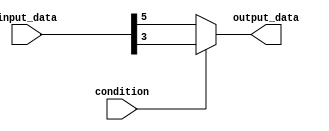
module bit_select_assign(
    input [7:0] input_data,
    input condition,
    output reg output_data
);

always @(*) begin
    if (condition) begin
        output_data = input_data[3]; // selecting bit 3 of input_data
    end else begin
        output_data = input_data[5]; // selecting bit 5 of input_data
    end
end

endmodule